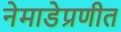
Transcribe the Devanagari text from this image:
नेमाडेप्रणीत